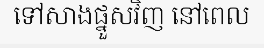
ទៅសាងផ្នួសវិញ នៅពេល